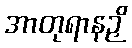
အာတုရာနဉှိ